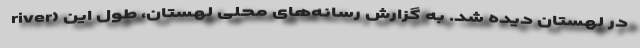
river) در لهستان دیده شد. به گزارش رسانه‌های محلی لهستان، طول این